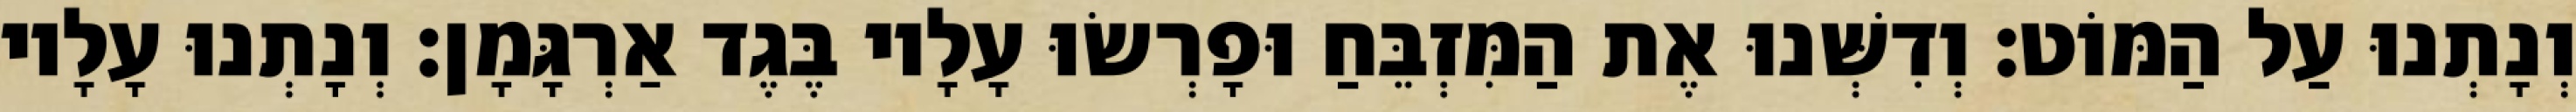
וְנָתְנוּ עַל הַמּוֹט׃ וְדִשְּׁנוּ אֶת הַמִּזְבֵּחַ וּפָרְשׂוּ עָלָיו בֶּגֶד אַרְגָּמָן׃ וְנָתְנוּ עָלָיו